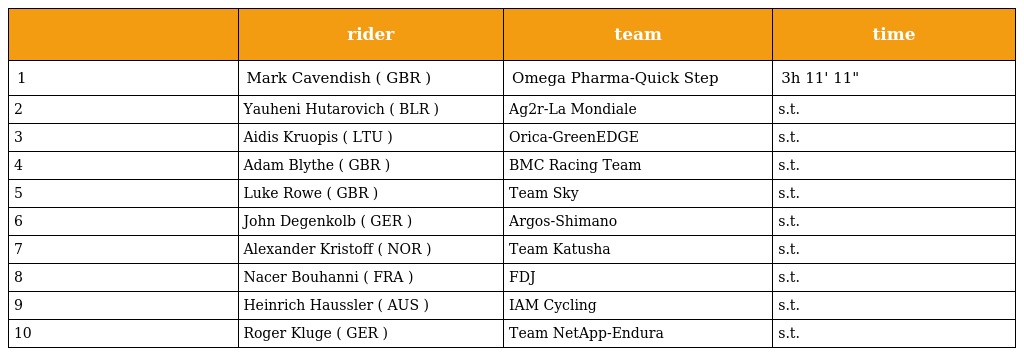
|  | rider | team | time |
 | --- | --- | --- | --- |
 | 1 | Mark Cavendish ( GBR ) | Omega Pharma-Quick Step | 3h 11' 11" |
 | 2 | Yauheni Hutarovich ( BLR ) | Ag2r-La Mondiale | s.t. |
 | 3 | Aidis Kruopis ( LTU ) | Orica-GreenEDGE | s.t. |
 | 4 | Adam Blythe ( GBR ) | BMC Racing Team | s.t. |
 | 5 | Luke Rowe ( GBR ) | Team Sky | s.t. |
 | 6 | John Degenkolb ( GER ) | Argos-Shimano | s.t. |
 | 7 | Alexander Kristoff ( NOR ) | Team Katusha | s.t. |
 | 8 | Nacer Bouhanni ( FRA ) | FDJ | s.t. |
 | 9 | Heinrich Haussler ( AUS ) | IAM Cycling | s.t. |
 | 10 | Roger Kluge ( GER ) | Team NetApp-Endura | s.t. |